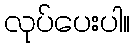
လုပ်ပေးပါ။